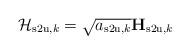
LaTeX: \begin{align*}\mathcal{H}_{\mathrm{s2u},k} = \sqrt{a_{\mathrm{s2u},k}} \mathbf{H}_{\mathrm{s2u},k}\end{align*}